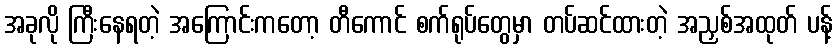
အခုလို ကြီးနေရတဲ့ အကြောင်းကတော့ တီကောင် စက်ရုပ်တွေမှာ တပ်ဆင်ထားတဲ့ အညှစ်အထုတ် ပန့်